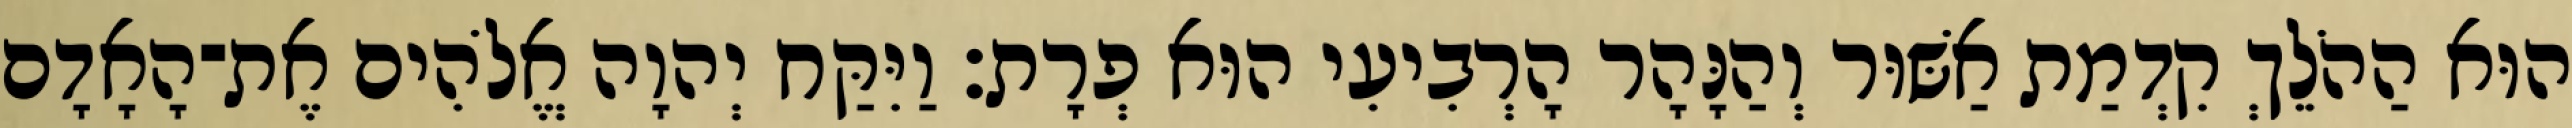
הוּא הַהֹלֵךְ קִדְמַת אַשּׁוּר וְהַנָּהָר הָרְבִיעִי הוּא פְרָת׃ וַיִּקַּח יְהוָה אֱלֹהִים אֶת־הָאָדָם